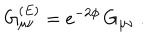
G _ { \mu \nu } ^ { ( E ) } = e ^ { - 2 \phi } \, G _ { \mu \nu } \ .